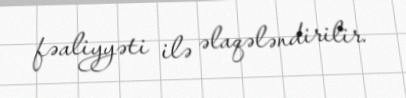
fəaliyyəti ilə əlaqələndirilir.